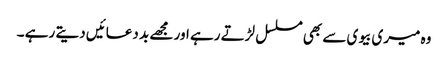
وہ میری بیوی سے بھی مسلسل لڑتے رہے اور مجھے بد دعائیں دیتے رہے ۔